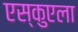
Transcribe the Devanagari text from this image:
एस्कुएला